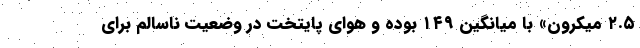
۲.۵ میکرون» با میانگین ۱۴۹ بوده و هوای پایتخت در وضعیت ناسالم برای